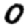
Digit: 0